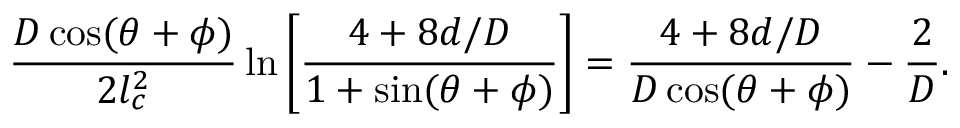
\frac { D \cos ( \theta + \phi ) } { 2 l _ { c } ^ { 2 } } \ln \left[ \frac { 4 + 8 d / D } { 1 + \sin ( \theta + \phi ) } \right] = \frac { 4 + 8 d / D } { D \cos ( \theta + \phi ) } - \frac { 2 } { D } .